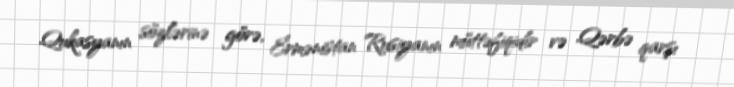
Qukasyanın sözlərinə görə, Ermənistan Rusiyanın müttəfiqidir və Qərbə qarşı